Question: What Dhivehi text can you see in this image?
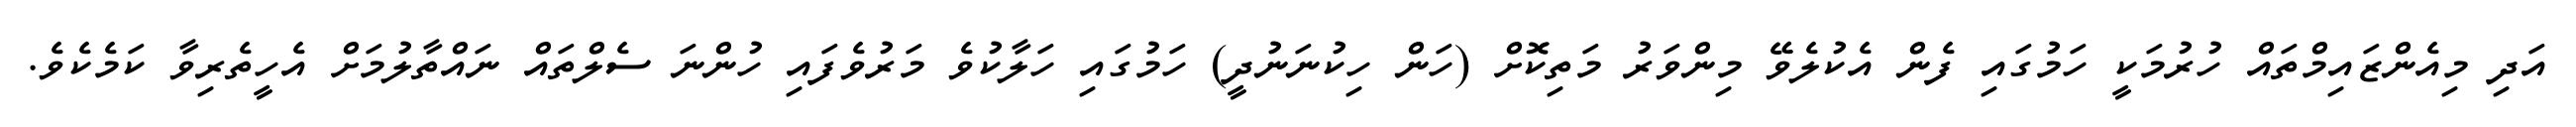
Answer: އަދި މިއެންޒައިމްތައް ހުރުމަކީ ހަމުގައި ފެން އެކުލެވޭ މިންވަރު މަތިކޮށް (ހަން ހިކުނަނުދީ) ހަމުގައި ހަލާކުވެ މަރުވެފައި ހުންނަ ސެލްތައް ނައްތާލުމަށް އެހީތެރިވާ ކަމެކެވެ.